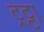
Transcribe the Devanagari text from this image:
ट्रट्टा